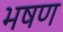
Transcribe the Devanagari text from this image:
भषण